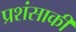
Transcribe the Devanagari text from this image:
प्रशंसाकी